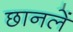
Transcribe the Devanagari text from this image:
छानलें